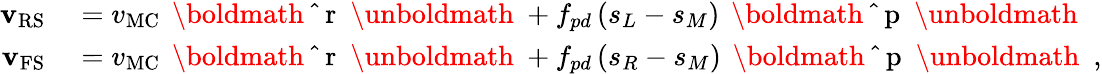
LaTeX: \begin{array}{rl}{\mathbf{v}_{\mathrm{RS}}}&{{}=v_{\mathrm{MC}}\, {\mathrm{~\boldmath~\hat{~}{~r~}~\unboldmath~}}+f_{pd}\, (s_{L}-s_{M})\, {\mathrm{~\boldmath~\hat{~}{~p~}~\unboldmath~}}}\\ {\mathbf{v}_{\mathrm{FS}}}&{{}=v_{\mathrm{MC}}\, {\mathrm{~\boldmath~\hat{~}{~r~}~\unboldmath~}}+f_{pd}\, (s_{R}-s_{M})\, {\mathrm{~\boldmath~\hat{~}{~p~}~\unboldmath~}}\ ,}\end{array}